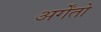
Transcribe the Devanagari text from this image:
अर्गेंतो